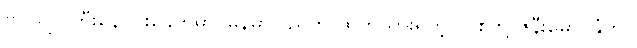
ဗိုလ်ချုပ်ကြီးနေဝင်းခေတ်မှာ မြန်မာပြည်က ထွက်သွားရတဲ့ လုစ်တို့ ဇနီးမောင်နှံဟာ